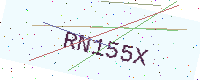
Text: RN155X